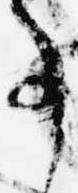
事